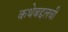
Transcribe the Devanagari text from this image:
कथेबद्दलची